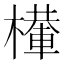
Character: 檋